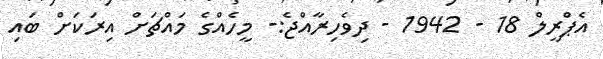
އެޕްރީލް 18 - 1942 - ދިވެހިރާއްޖެ:- މީހެއްގެ މައްޗަށް އިރަކަށް ބައި